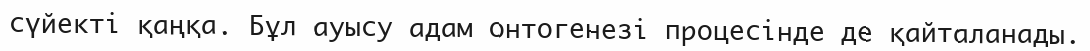
сүйекті қаңқа. Бұл ауысу адам онтогенезі процесінде де қайталанады.